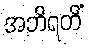
အဘိရတိံ